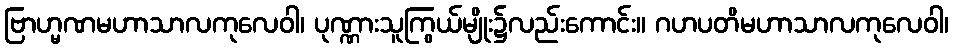
ဗြာဟ္မဏမဟာသာလကုလေဝါ၊ ပုဏ္ဏားသူကြွယ်မျိုး၌လည်းကောင်း။ ဂဟပတိမဟာသာလကုလေဝါ၊